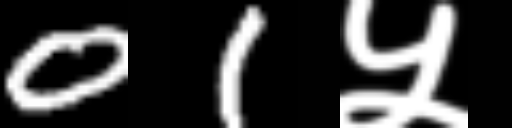
Text: 01५